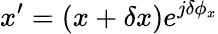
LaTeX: x^{\prime}=(x+\delta x)e^{j\delta\phi_{x}}